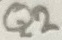
Text: Q2